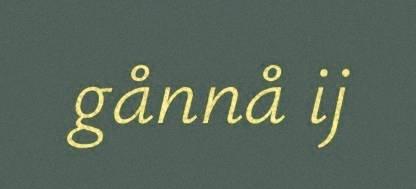
gånnå ij